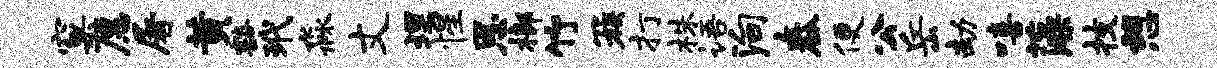
窠愿屠黄豁玳淼丈埋惺恩榔竹簇打株语殉舂便公岳劫嘻藻技憩